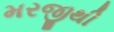
મરજીથી